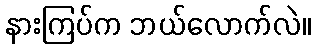
နားကြပ်က ဘယ်လောက်လဲ။